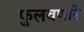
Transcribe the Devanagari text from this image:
फुलवणारे